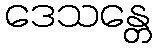
ဒေသန္တေ